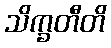
သိက္ခတီတိ